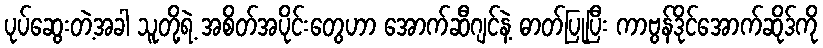
ပုပ်ဆွေးတဲ့အခါ သူတို့ရဲ့ အစိတ်အပိုင်းတွေဟာ အောက်ဆီဂျင်နဲ့ ဓာတ်ပြုပြီး ကာဗွန်ဒိုင်အောက်ဆိုဒ်ကို